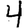
Digit: 4